Vaccination in the Punjab 1905-1918 - 1905-1918
Year: 1905
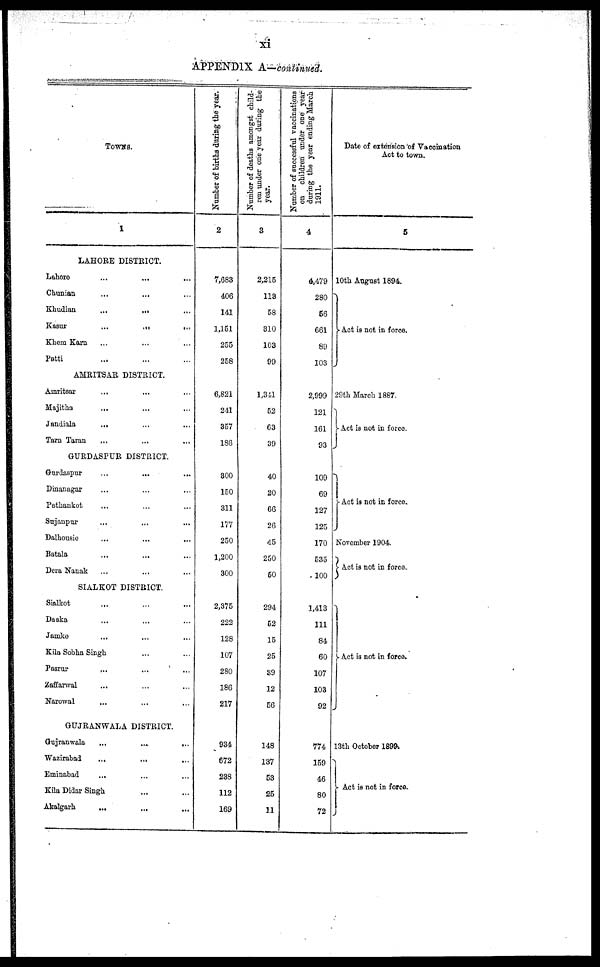
xi
APPENDIX A—continued.
TOWNS.
1
LAHORE DISTRICT.
Lahore ... ... ...
Chunian
...
... ...
Khudian
...
... ...
Kasur
...
...
...
Khem Karn ... ... ...
Patti ... ... ...
AMRITSAR DISTRICT.
Amritsar ... ... ...
Majitha
... ... ...
Jandiala
... ... ...
Tarn Taran ... ... ...
GURDASPUR DISTRICT.
Gurdaspur
...
...
...
Dinanagar ... ... ...
Pathankot ... ... ...
Sujanpur ... ... ...
Dalhousie ... ... ...
Batala ... ... ...
Dera Nanak ... ... ...
SIALKOT DISTRICT.
Sialkot
... ... ...
Daska
... ... ...
Jamke ... ... ...
Kila Sobha Singh ... ...
Pasrur
... ... ...
Zaffarwal ... ... ...
Narowal ... ... ...
GUJRANWALA DISTRICT.
Gujranwala
...
...
...
Wazirabad
...
... ...
Eminabad ... ... ...
Kila Didar Singh ... ...
Akalgarh ... ... ...
Number of births during the year.
2
7,683
406
141
1,151
255
258
6,821
241
357
186
300
150
311
177
250
1,200
300
2,375
222
128
107
280
186
217
934
672
238
112
169
Number of deaths amongst child-
ren under one year during the
year.
3
2,215
113
58
810
103
99
1,341
52
63
39
40
20
66
26
45
250
50
294
52
15
25
39
12
56
148
137
53
25
11
Number of successful vaccinations
on children under one year
during the year ending March
1911.
4
4,479
280
56
661
89
103
2,999
121
161
93
109
69
127
125
170
535
100
1,413
111
84
60
107
103
92
774
159
46
80
72
Date of extension of Vaccination
Act to town.
5
10th August 1894.
Act is not in force.
29th March 1887.
Act is not in force.
Act is not in force.
November 1904.
Act is not in force.
Act is not in force.
13th October 1899.
Act is not in force.